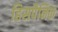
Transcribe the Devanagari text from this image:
हिसपैनिक